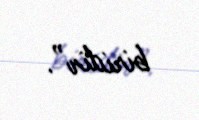
biridir”.